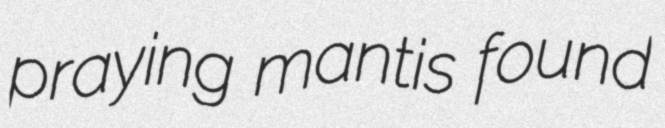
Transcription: praying mantis found